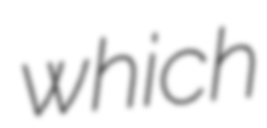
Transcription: which